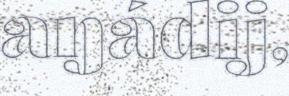
aŋádij,